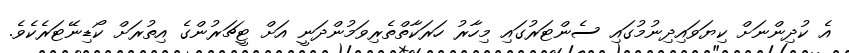
އެ ކުދިންނަށް ކިޔަވައިދިނުމުގައި ސެންޓަރުގައި މިހާރު ހަރަކާތްތެރިވަމުންދަނީ އަށް ޓީޗަރުންގެ އިތުރަށް ކޯޑިނޭޓަރެކެވެ.